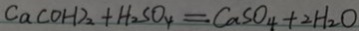
C a ( O H ) _ { 2 } + H _ { 2 } S O _ { 4 } = C a S O _ { 4 } + 2 H _ { 2 } O